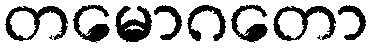
တမောဂတော